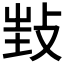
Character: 𢼟